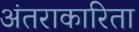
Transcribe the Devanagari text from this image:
अंतराकारिता